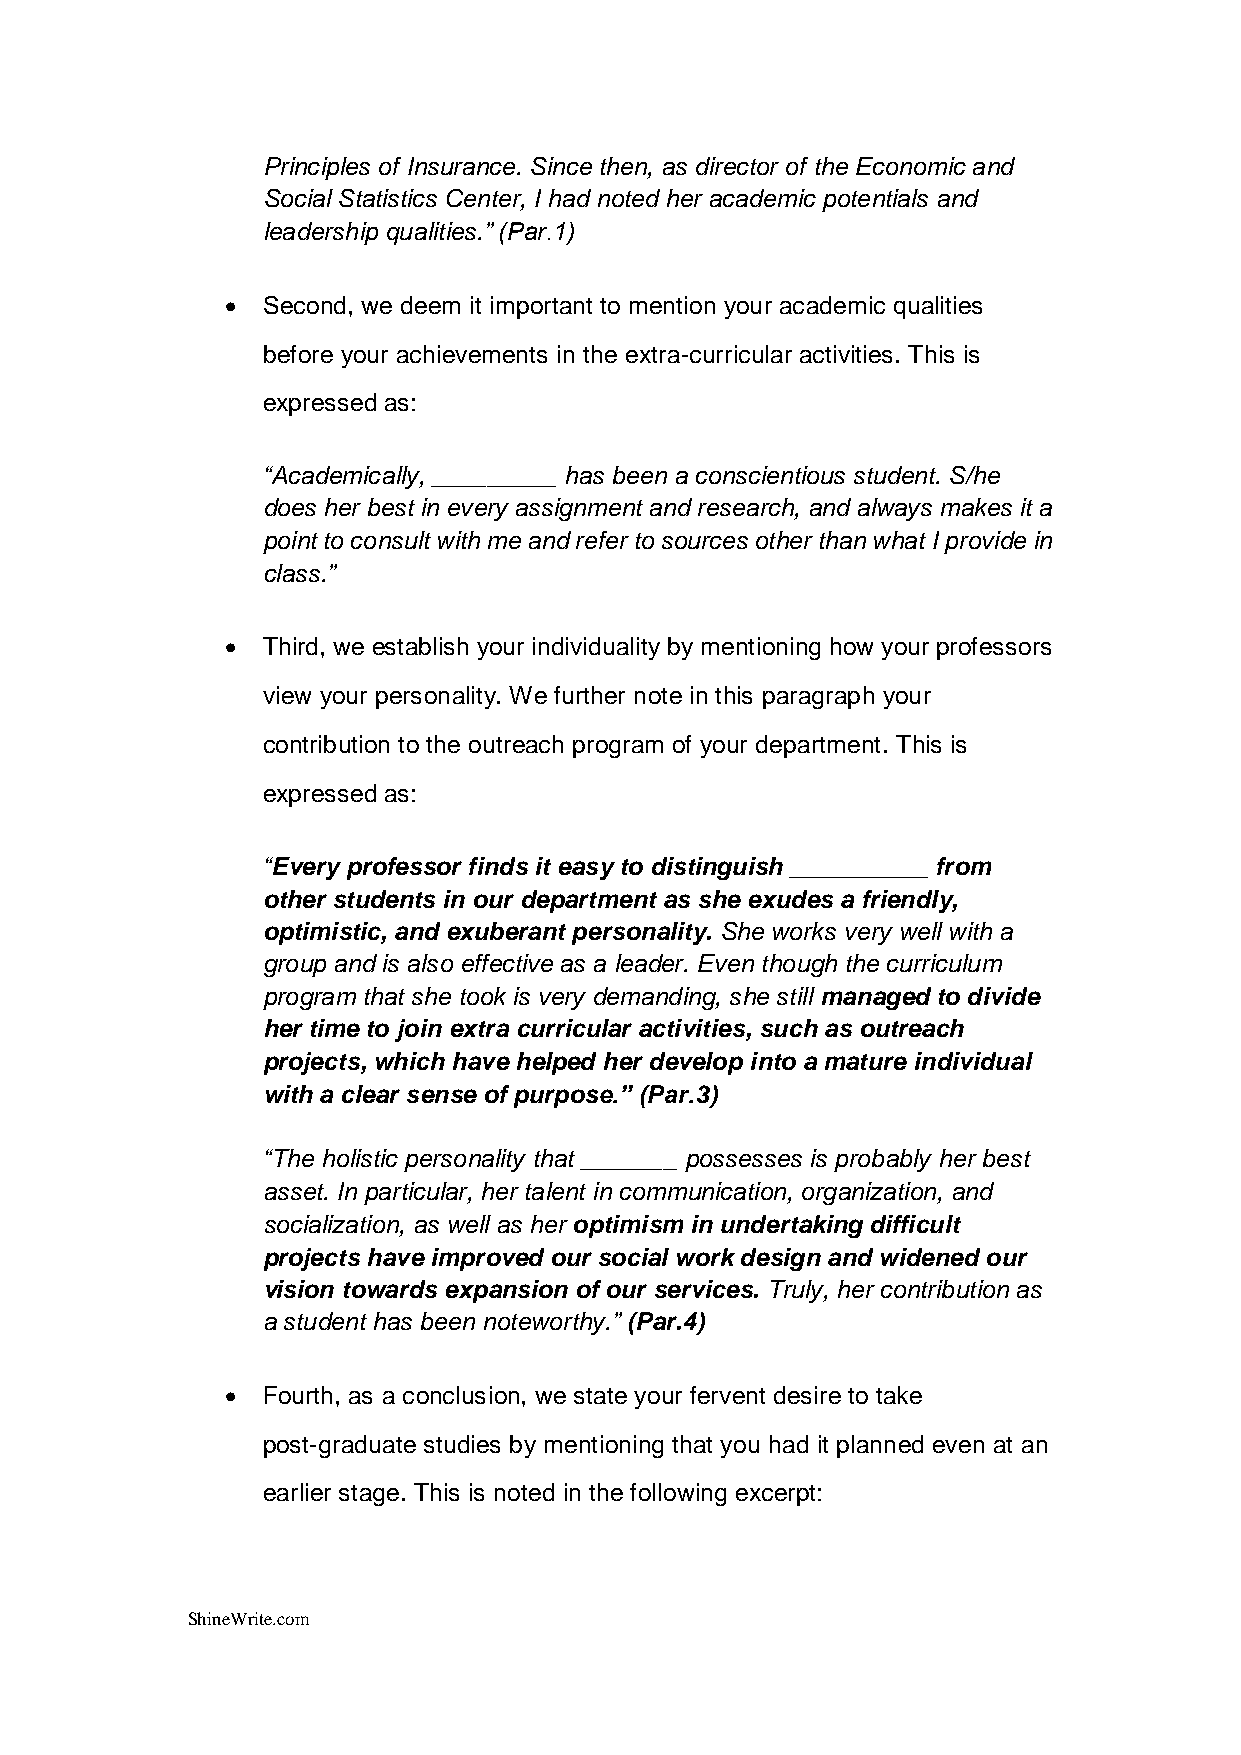
Principles of Insurance. Since then, as director of the Economic and
 Social Statistics Center, I had noted her academic potentials and
 leadership qualities.” (Par.1)
  Second, we deem it important to mention your academic qualities
 before your achievements in the extra-curricular activities. This is
 expressed as:
 “Academically, _________ has been a conscientious student. S/he
 does her best in every assignment and research, and always makes it a
 point to consult with me and refer to sources other than what I provide in
 class.”
  Third, we establish your individuality by mentioning how your professors
 view your personality. We further note in this paragraph your
 contribution to the outreach program of your department. This is
 expressed as:
 “Every professor finds it easy to distinguish __________ from
 other students in our department as she exudes a friendly,
 optimistic, and exuberant personality. She works very well with a
 group and is also effective as a leader. Even though the curriculum
 program that she took is very demanding, she still managed to divide
 her time to join extra curricular activities, such as outreach
 projects, which have helped her develop into a mature individual
 with a clear sense of purpose.” (Par.3)
 “The holistic personality that _______ possesses is probably her best
 asset. In particular, her talent in communication, organization, and
 socialization, as well as her optimism in undertaking difficult
 projects have improved our social work design and widened our
 vision towards expansion of our services. Truly, her contribution as
 a student has been noteworthy.” (Par.4)
  Fourth, as a conclusion, we state your fervent desire to take
 post-graduate studies by mentioning that you had it planned even at an
 earlier stage. This is noted in the following excerpt:
 ShineWrite.com